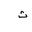
Letter: _tha